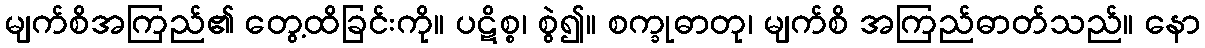
မျက်စိအကြည်၏ တွေ့ထိခြင်းကို။ ပဋိစ္စ၊ စွဲ၍။ စက္ခုဓာတု၊ မျက်စိ အကြည်ဓာတ်သည်။ နော